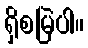
ရှိစမြဲပါ။